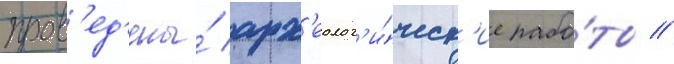
пров'ед'ены́ арх'еолог'и́ческ'ие рабо́ты //